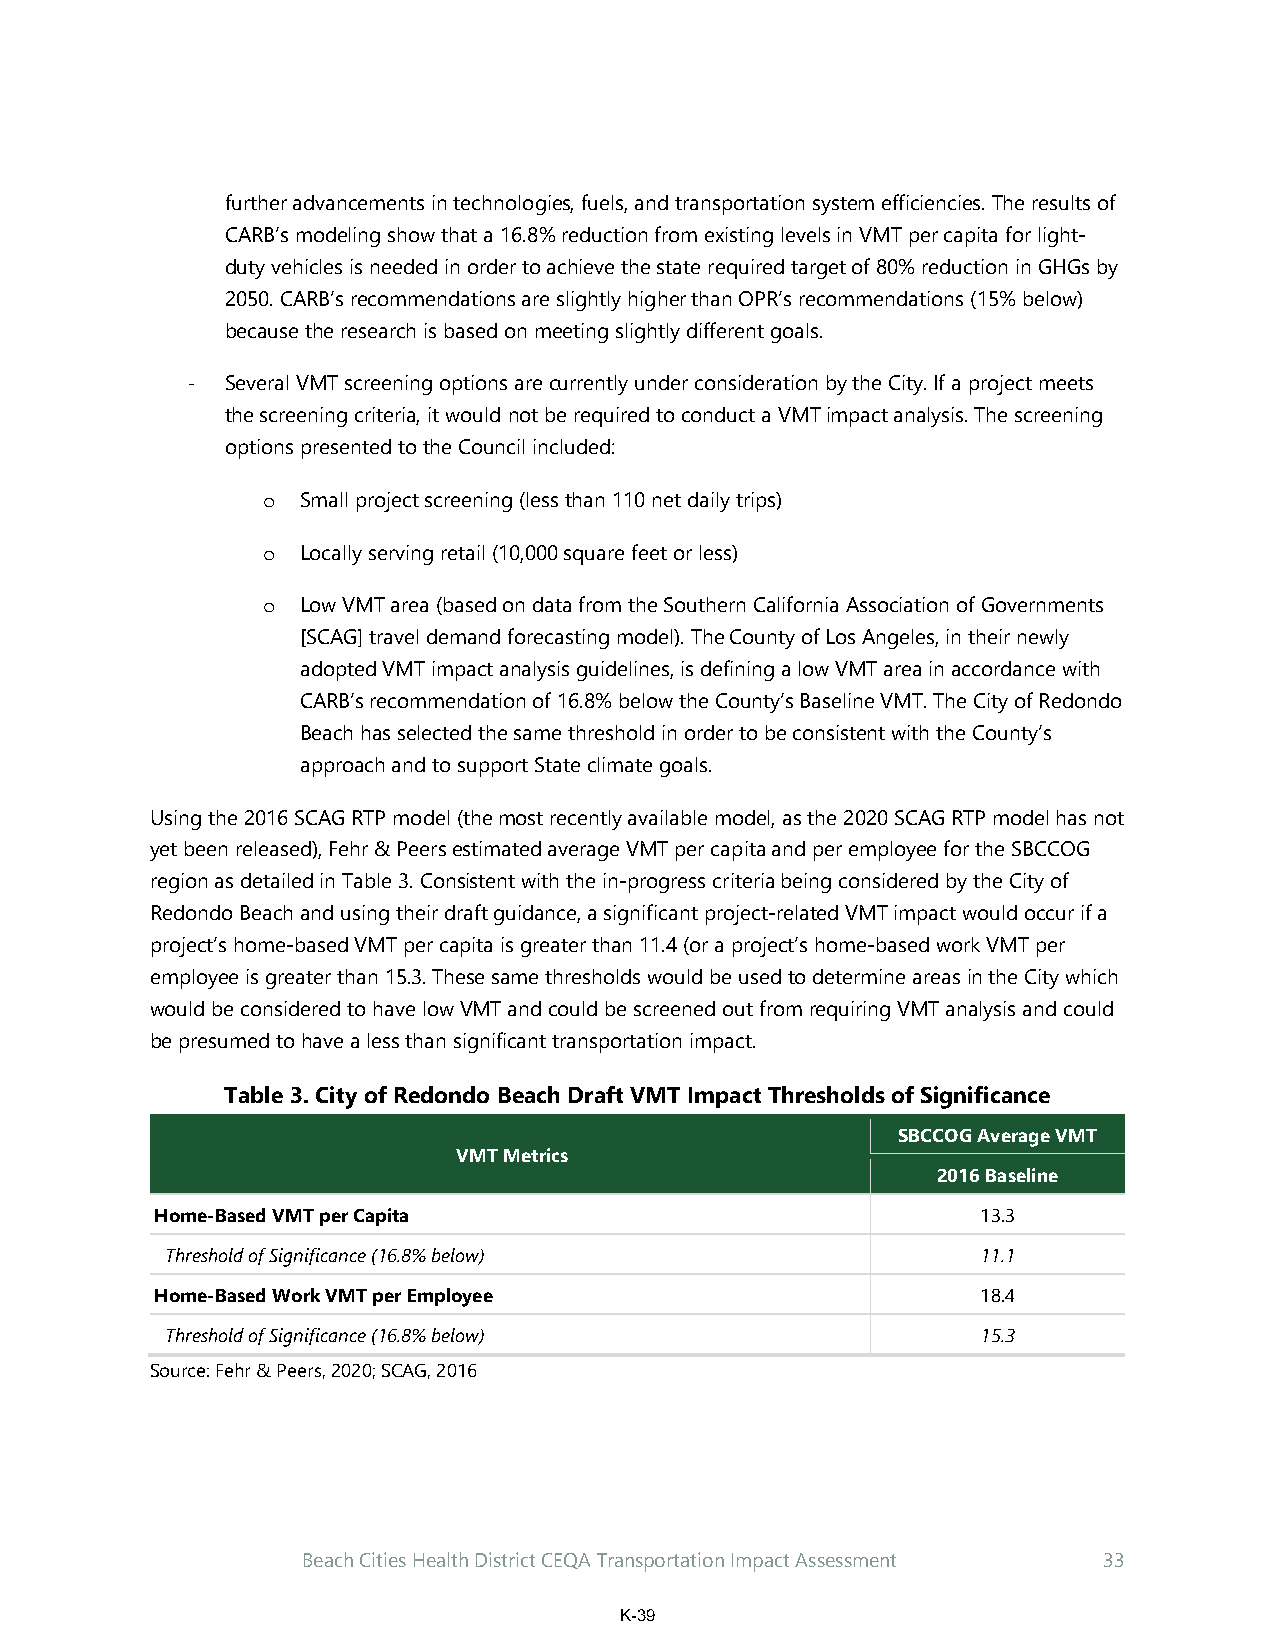
further advancements in technologies, fuels, and transportation system efficiencies. The results of
 CARB’s modeling show that a 16.8% reduction from existing levels in VMT per capita for light-
 duty vehicles is needed in order to achieve the state required target of 80% reduction in GHGs by
 2050. CARB’s recommendations are slightly higher than OPR’s recommendations (15% below)
 because the research is based on meeting slightly different goals.
 ‐  Several VMT screening options are currently under consideration by the City. If a project meets
 the screening criteria, it would not be required to conduct a VMT impact analysis. The screening
 options presented to the Council included:
 o  Small project screening (less than 110 net daily trips)
 o  Locally serving retail (10,000 square feet or less)
 o  Low VMT area (based on data from the Southern California Association of Governments
 [SCAG] travel demand forecasting model). The County of Los Angeles, in their newly
 adopted VMT impact analysis guidelines, is defining a low VMT area in accordance with
 CARB’s recommendation of 16.8% below the County’s Baseline VMT. The City of Redondo
 Beach has selected the same threshold in order to be consistent with the County’s
 approach and to support State climate goals.
 Using the 2016 SCAG RTP model (the most recently available model, as the 2020 SCAG RTP model has not
 yet been released), Fehr & Peers estimated average VMT per capita and per employee for the SBCCOG
 region as detailed in Table 3. Consistent with the in-progress criteria being considered by the City of
 Redondo Beach and using their draft guidance, a significant project-related VMT impact would occur if a
 project’s home-based VMT per capita is greater than 11.4 (or a project’s home-based work VMT per
 employee is greater than 15.3. These same thresholds would be used to determine areas in the City which
 would be considered to have low VMT and could be screened out from requiring VMT analysis and could
 be presumed to have a less than significant transportation impact.
 Table 3. City of Redondo Beach Draft VMT Impact Thresholds of Significance
 SBCCOG Average VMT
 VMT Metrics
 2016 Baseline
 Home-Based VMT per Capita                              13.3
 Threshold of Significance (16.8% below)               11.1
 Home-Based Work VMT per Employee                       18.4
 Threshold of Significance (16.8% below)               15.3
 Source: Fehr & Peers, 2020; SCAG, 2016
 Beach Cities Health District CEQA Transportation Impact Assessment 33
 K-39